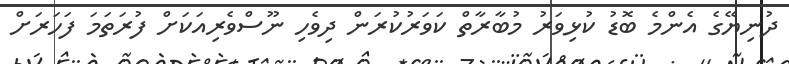
ދުނިޔޭގެ އެންމެ ބޮޑު ކުޅިވަރު މުބާރާތް ކަވަރުކުރަން ދިވެހި ނޫސްވެރިއަކަށް ފުރަތަމަ ފަހަރަށް